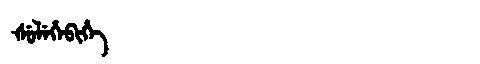
Manchu: ᡧᡠᠯᡝᡥᡝᠪᡳᡥᡝ
Romanization: ŠULEHEBIHE